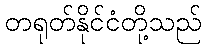
တရုတ်နိုင်ငံတို့သည်